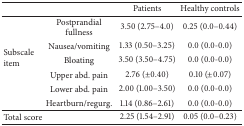
<table><thead><tr><td><b> </b></td><td><b> </b></td><td><b>Patients</b></td><td><b>Healthy controls</b></td></tr></thead><tbody><tr><td rowspan="6">Subscale item</td><td>Postprandial fullness</td><td>3.50 (2.75–4.0)</td><td>0.25 (0.0–0.44)</td></tr><tr><td>Nausea/vomiting</td><td>1.33 (0.50–3.25)</td><td>0.0 (0.0-0.0)</td></tr><tr><td>Bloating</td><td>3.50 (3.50–4.75)</td><td>0.0 (0.0-0.0)</td></tr><tr><td>Upper abd. pain</td><td>2.76 (±0.40)</td><td>0.10 (±0.07)</td></tr><tr><td>Lower abd. pain</td><td>2.00 (1.00–3.50)</td><td>0.0 (0.0-0.0)</td></tr><tr><td>Heartburn/regurg.</td><td>1.14 (0.86–2.61)</td><td>0.0 (0.0-0.0)</td></tr><tr><td>Total score</td><td> </td><td>2.25 (1.54–2.91)</td><td>0.05 (0.0–0.23)</td></tr></tbody></table>